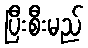
ပြီးစီးမည်